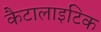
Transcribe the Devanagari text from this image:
कैटालाइटिक